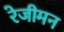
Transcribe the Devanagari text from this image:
रेजीमन